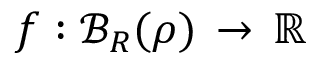
f : \mathcal { B } _ { R } ( { \boldsymbol \rho } ) \, \rightarrow \, \mathbb { R }